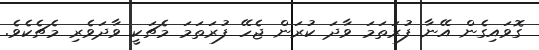
ގޮވައިގެން އޭނާ ފުރަތަމަ ވާދަ ކުރަން ޖެހޭ ފުރަތަމަ މެޗަކީ ވާދަވެރި މެޗެކެވެ.